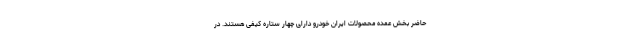
حاضر بخش عمده محصولات ایران خودرو دارای چهار ستاره کیفی هستند. در